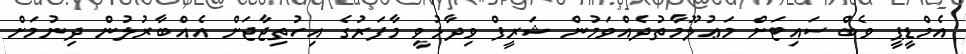
އެމްޑީޕީ ވެބް ސައިޓަށް މަޢުލޫމާތުދެއްވަމުން ޝަރީފް ވިދާޅުވީ މާފަރުގެ އިހުތިޖާޖަށް އެއްބާރުލުން ދިނުމަށް